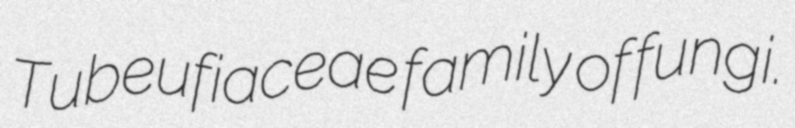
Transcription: Tubeufiaceae family of fungi.